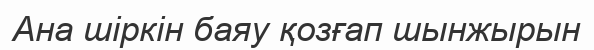
Ана шіркін баяу қозғап шынжырын